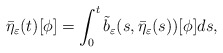
\begin{align*}\bar{\eta}_{\varepsilon }(t)[\phi ]=\int_{0}^{t}\tilde{b}_{\varepsilon }(s,\bar{\eta}_{\varepsilon }(s))[\phi ]ds, \end{align*}